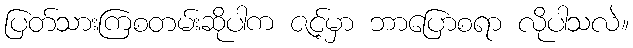
ပြတ်သားကြစတမ်းဆိုပါက ဇင့်မှာ ဘာပြောစရာ လိုပါသလဲ။